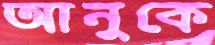
আনুকে